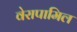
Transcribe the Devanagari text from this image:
वेरापामिल